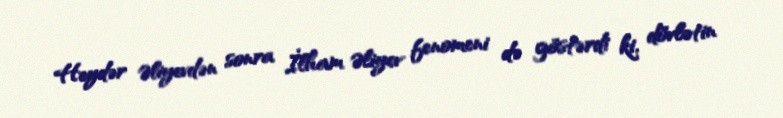
Heydər Əliyevdən sonra İlham Əliyev fenomeni də göstərdi ki, dövlətin